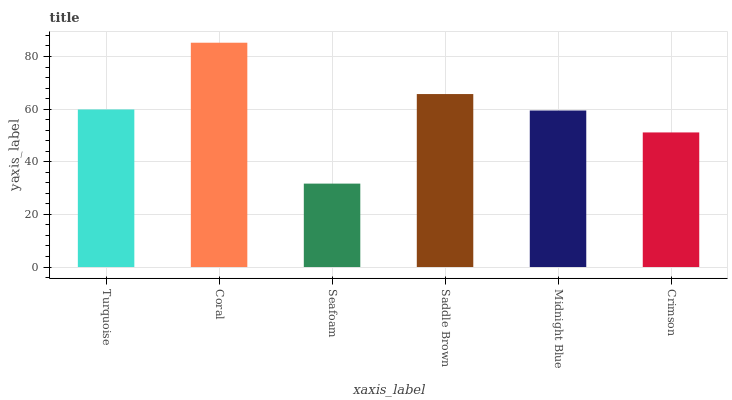
| xaxis_label | bars |
 | --- | --- |
 | Turquoise | 59.9 |
 | Coral | 85.2 |
 | Seafoam | 31.7 |
 | Saddle Brown | 65.7 |
 | Midnight Blue | 59.5 |
 | Crimson | 51.1 |